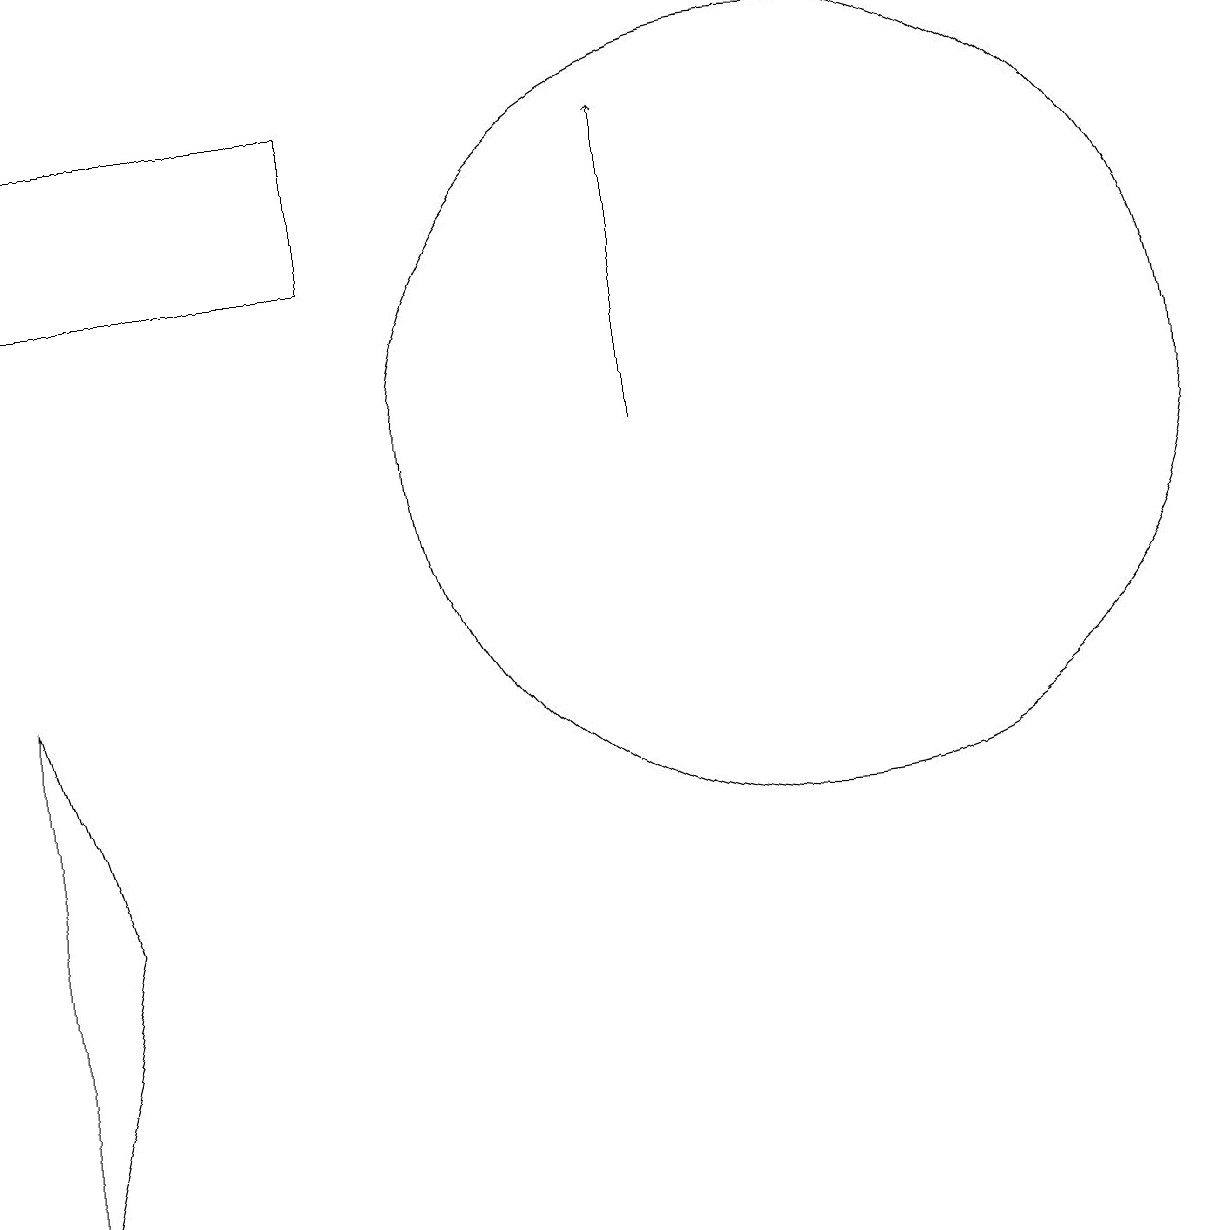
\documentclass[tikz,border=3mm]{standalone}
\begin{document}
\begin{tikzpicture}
\draw (10,10) circle (5);
\draw (0,12) rectangle (4,14);
\draw[->] (8,10) -- (8,14);
\draw (1,4) -- (0,7) -- (0,0) -- cycle;
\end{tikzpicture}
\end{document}